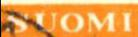
SUOMI